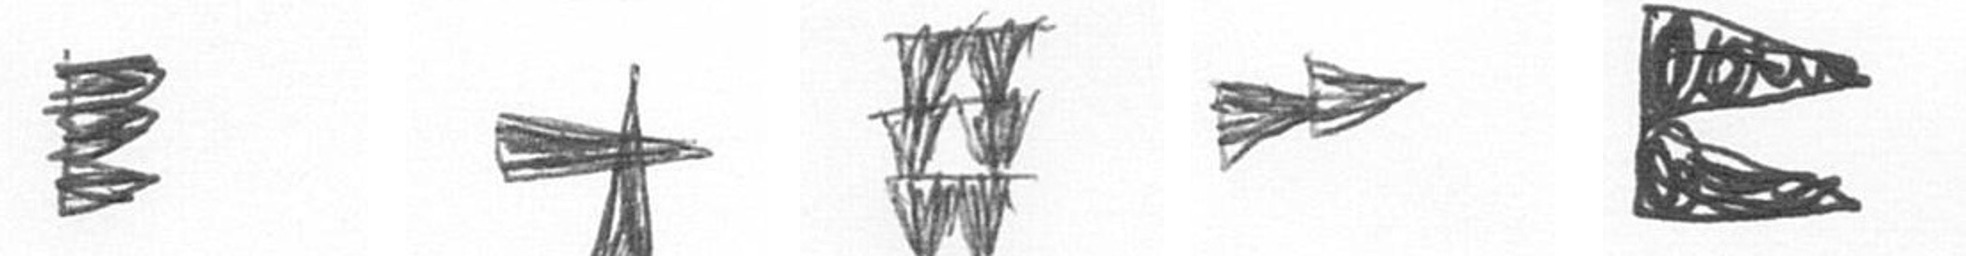
H G Y A P